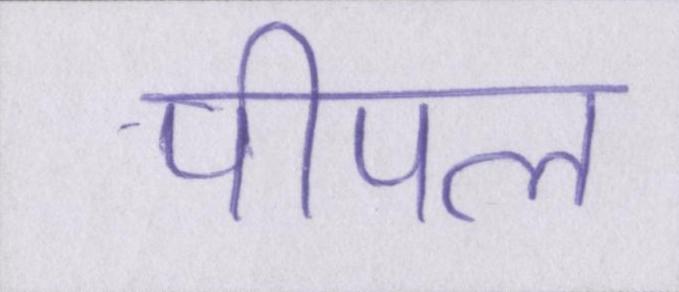
पीपल